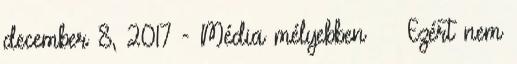
december 8, 2017 - Média mélyebben Ezért nem